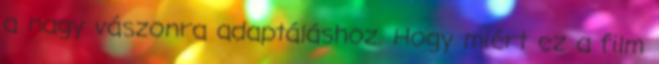
a nagy vászonra adaptáláshoz. Hogy miért ez a film